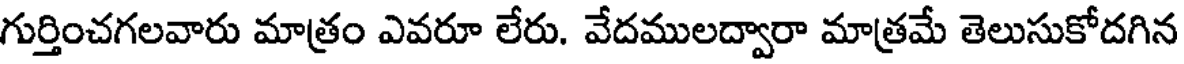
గుర్తించగలవారు మాత్రం ఎవరూ లేరు. వేదములద్వారా మాత్రమే తెలుసుకోదగిన